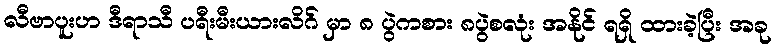
လီဗာပူးဟ ဒီရာသီ ပရီးမီးယားလိဂ် မှာ ၈ ပွဲကစား ၈ပွဲစလုံး အနိုင် ရရှိ ထားခဲ့ပြီး အခု